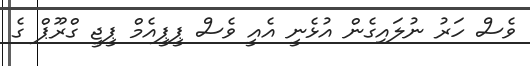
ވެސް ހަރު ނުލައިގެން އުޅެނީ އެއީ ވެސް ޕީޕީއެމް ޕީޖީ ގްރޫޕް ގެ